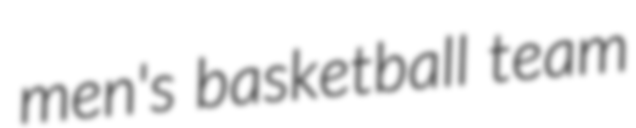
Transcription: men's basketball team